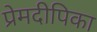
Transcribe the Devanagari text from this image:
प्रेमदीपिका